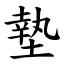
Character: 墊